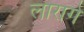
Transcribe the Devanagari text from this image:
लारागे